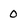
Character: 0